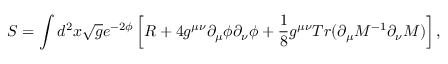
S = \int d ^ { 2 } x \sqrt { g } e ^ { - 2 \phi } \left[ R + 4 g ^ { \mu \nu } \partial _ { \mu } \phi \partial _ { \nu } \phi + \frac { 1 } { 8 } g ^ { \mu \nu } T r ( \partial _ { \mu } { \cal M } ^ { - 1 } \partial _ { \nu } { \cal M } ) \right] ,